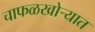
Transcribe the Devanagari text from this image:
चाफळखोऱ्यात